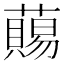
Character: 𧀩